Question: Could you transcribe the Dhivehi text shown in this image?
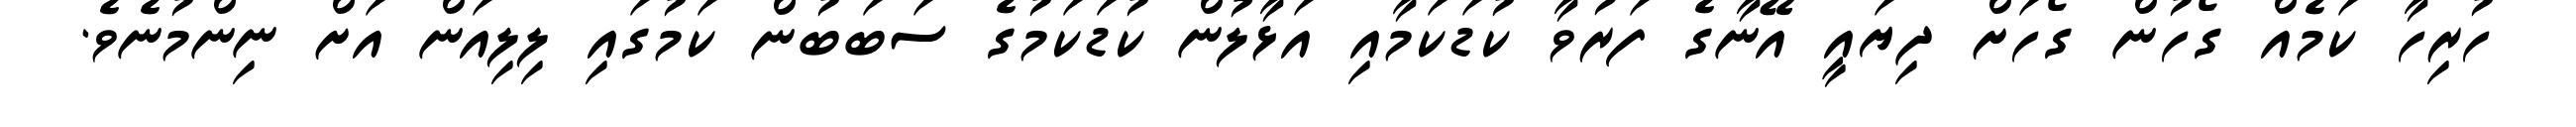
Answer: ހުރިހާ ކަމެއް ގޯހުން ގޯހަށް ދިޔައީ އޭނާގެ ފަރުވާ ކުޑަކަމާއި އަޅާލުން ކުޑަކަމުގެ ސަބަބުން ކަމުގައި ލިލިއަން އަށް ނިންމުނެވެ.